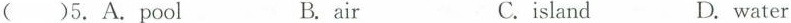
( )5.A.pool B.air C.island D.water